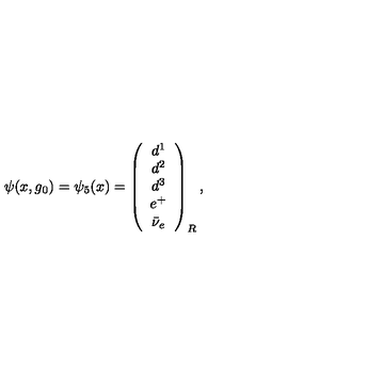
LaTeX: \psi ( x , g _ { 0 } ) = \psi _ { 5 } ( x ) = \left( \begin{array} { c } { d ^ { 1 } } \\ { d ^ { 2 } } \\ { d ^ { 3 } } \\ { e ^ { + } } \\ { \bar { \nu } _ { e } } \\ \end{array} \right) _ { R } ,